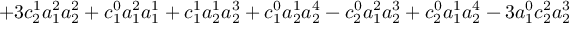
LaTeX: + 3 c _ { 2 } ^ { 1 } a _ { 1 } ^ { 2 } a _ { 2 } ^ { 2 } + c _ { 1 } ^ { 0 } a _ { 1 } ^ { 2 } a _ { 1 } ^ { 1 } + c _ { 1 } ^ { 1 } a _ { 2 } ^ { 1 } a _ { 2 } ^ { 3 } + c _ { 1 } ^ { 0 } a _ { 2 } ^ { 1 } a _ { 2 } ^ { 4 } - c _ { 2 } ^ { 0 } a _ { 1 } ^ { 2 } a _ { 2 } ^ { 3 } + c _ { 2 } ^ { 0 } a _ { 1 } ^ { 1 } a _ { 2 } ^ { 4 } - 3 a _ { 1 } ^ { 0 } c _ { 2 } ^ { 2 } a _ { 2 } ^ { 3 }